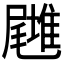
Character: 𡳪